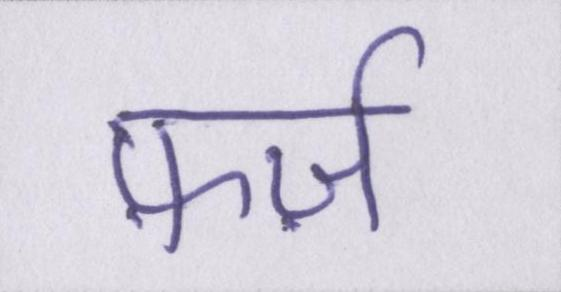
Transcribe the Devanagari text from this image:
फ़र्ज़